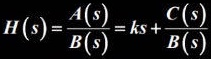
\[ H(s)=\frac{A(s)}{B(s)}=ks+\frac{C(s)}{B(s)} \]